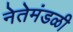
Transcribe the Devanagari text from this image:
नेतेमंडळी